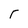
Character: r